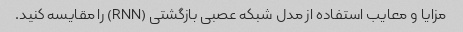
مزایا و معایب استفاده از مدل شبکه عصبی بازگشتی (RNN) را مقایسه کنید.